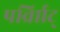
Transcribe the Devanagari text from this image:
पर्व्राािट्